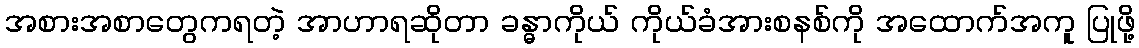
အစားအစာတွေကရတဲ့ အာဟာရဆိုတာ ခန္ဓာကိုယ် ကိုယ်ခံအားစနစ်ကို အထောက်အကူ ပြုဖို့